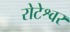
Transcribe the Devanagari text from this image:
रोटेश्वर